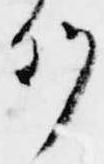
列